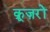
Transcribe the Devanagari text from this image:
क्रूज़रों